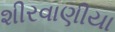
શીરવાણીયા